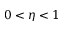
0 < \eta < 1